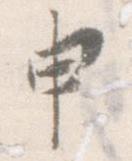
申